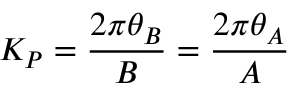
K _ { P } = \frac { 2 \pi \theta _ { B } } { B } = \frac { 2 \pi \theta _ { A } } { A }